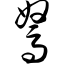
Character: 驽